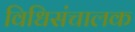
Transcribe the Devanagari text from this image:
विधिसंचालक